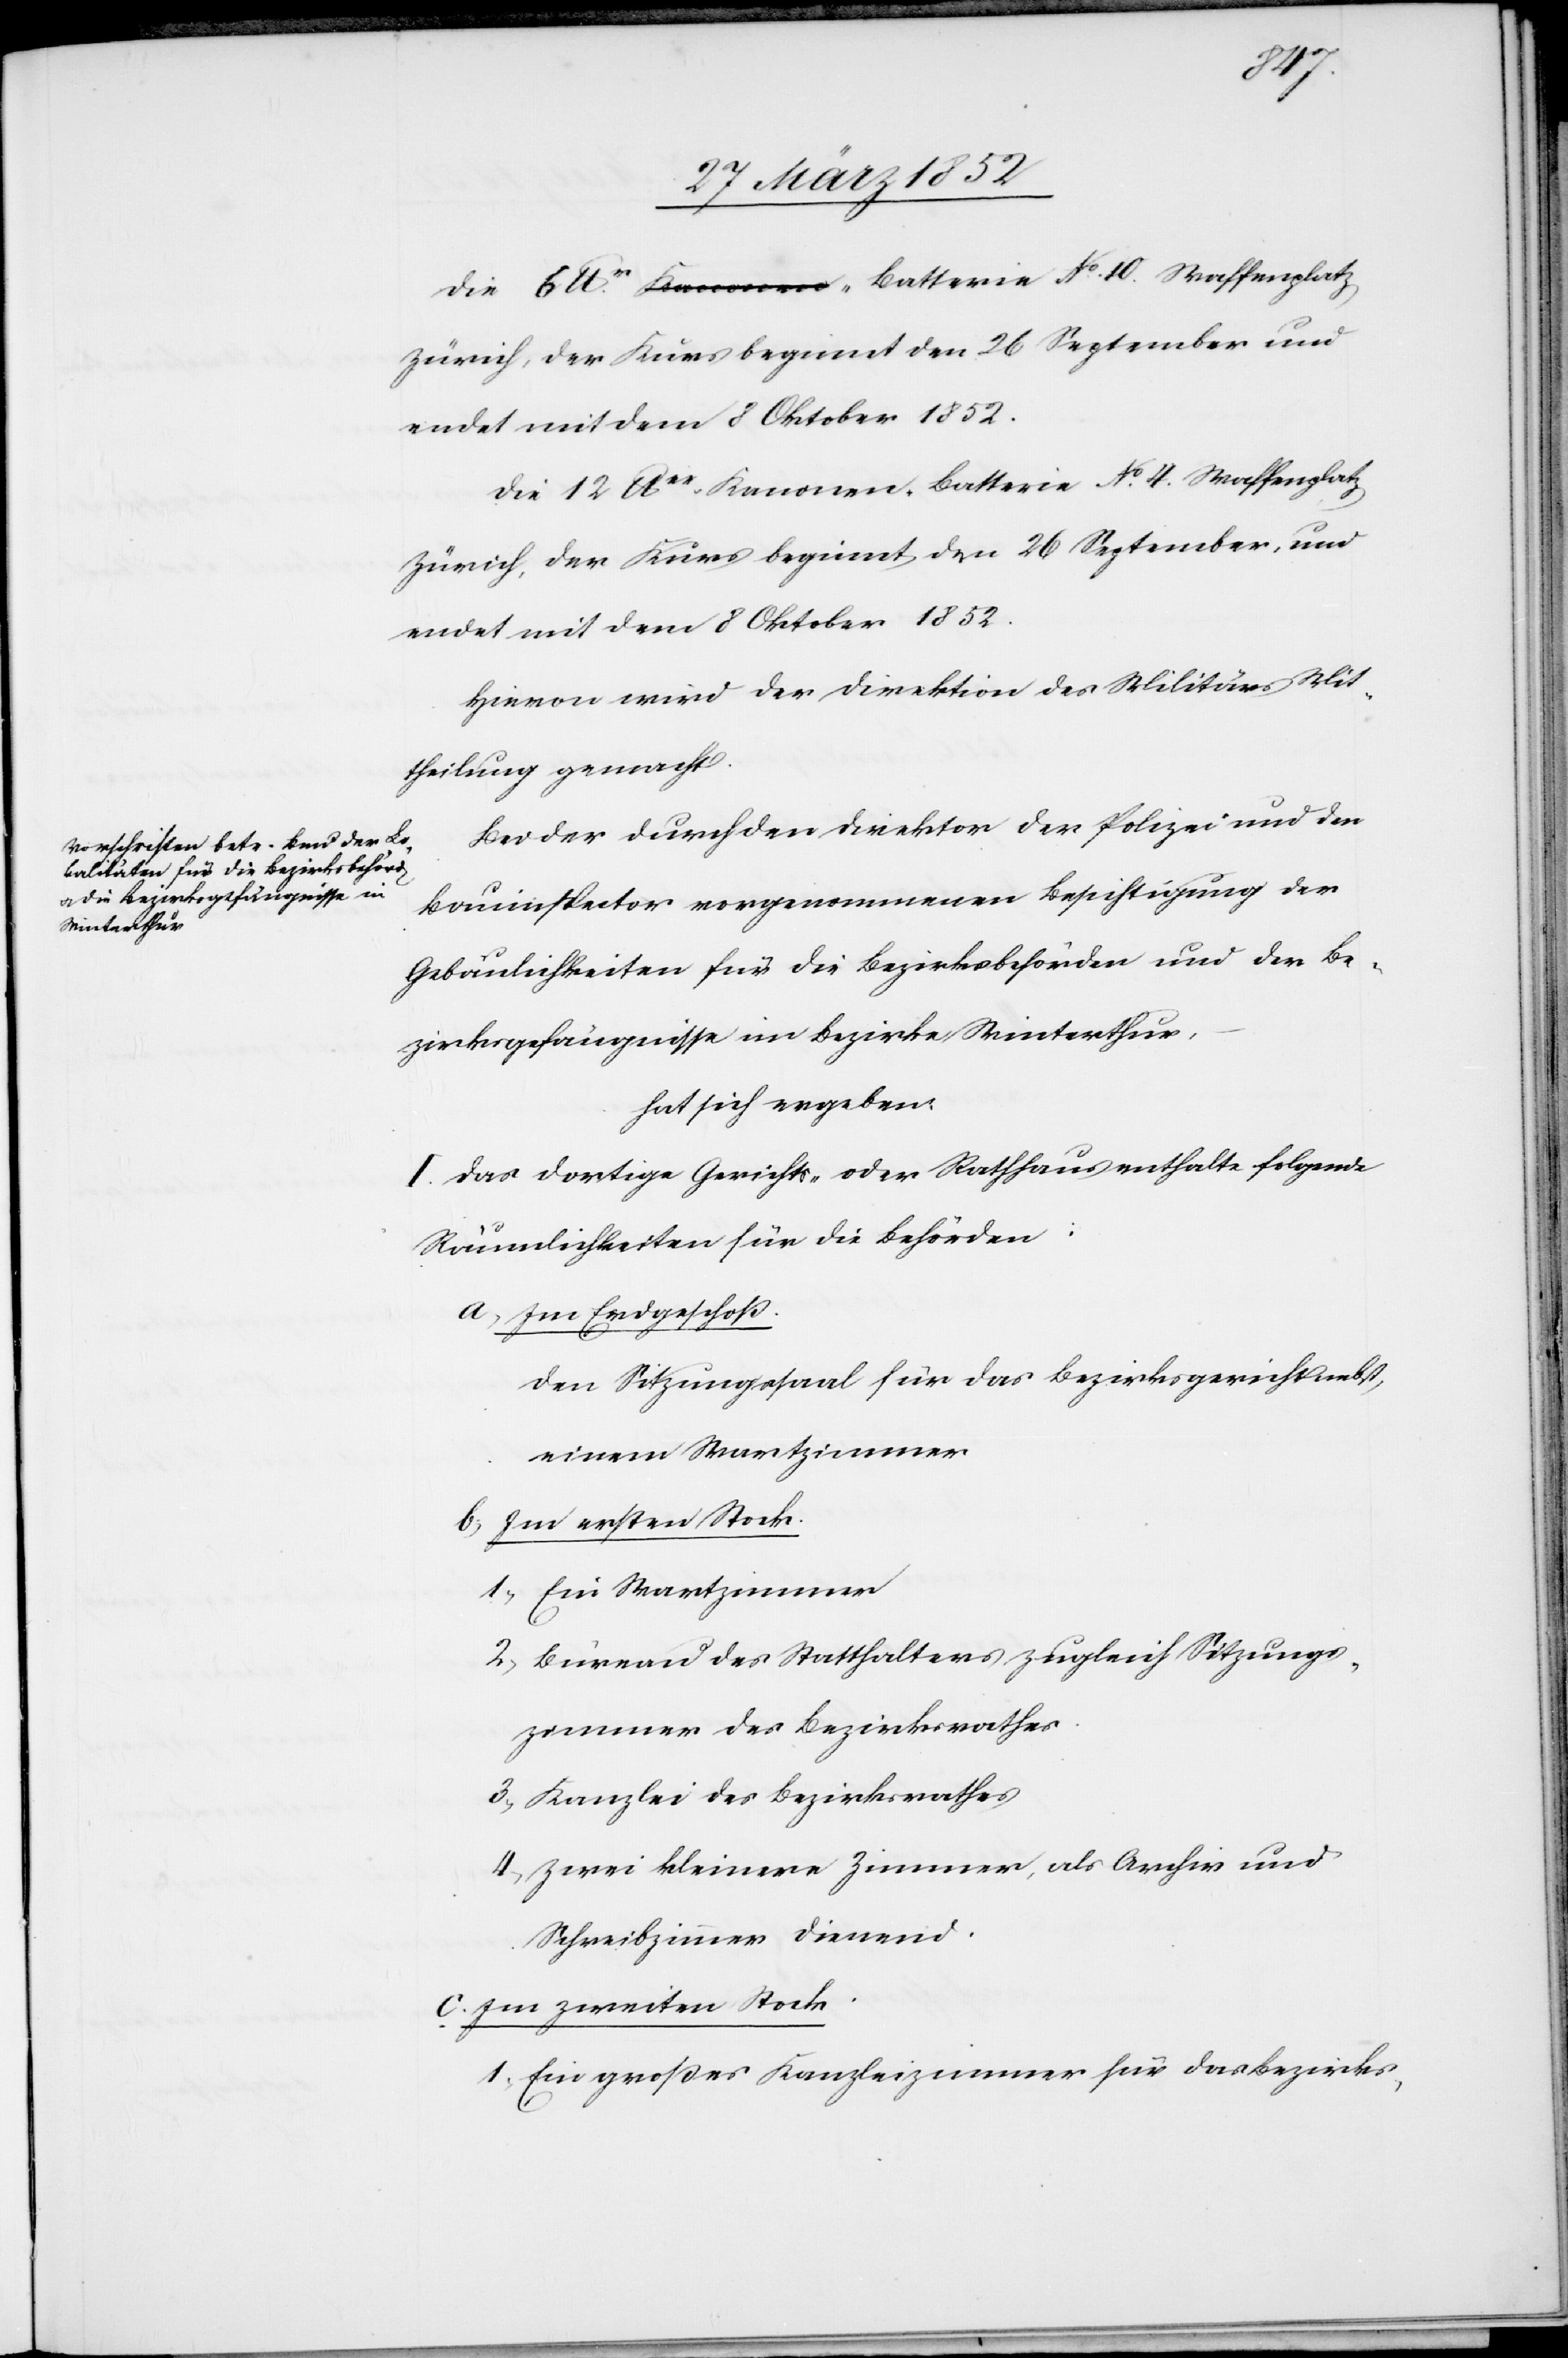
Die 6 lbr-Batterie No. 10. Waffenplatz
Zürich, der Kurs beginnt den 26 September und
endet mit dem 8 Oktober 1852.
Hiervon wird der Direktion des Militärs Mit¬
theilung gemacht.
Bei der durch den Direktor der Polizei und den
Bauinspector vorgenommenen Beseitigung der
Gebäulichkeiten für die Bezirksbehörden und der Be¬
zirksgefängnisse im Bezirke Winterthur.
hat sich ergeben.
I. Das dortige Gerichts- oder Rathhaus enthalte folgende
Räumlichkeiten für die Behörden:
a) Im Erdgeschoß.
Den Sitzungssaal für das Bezirksgericht nebst
einem Wartzimmer
b) Im ersten Stock.
1) Ein Wartzimmer
2) Büreau des Statthalters zugleich Sitzungs¬
zimmer des Bezirksrathes.
3) Kanzlei des Bezirksrathes.
4) Zwei kleinere Zimmer als Archiv und
Schreibzimmer dienend.
c) Im zweiten Stock
1) Ein großes Kanzleizimmer für das Bezirkes-